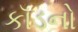
કૉડનો